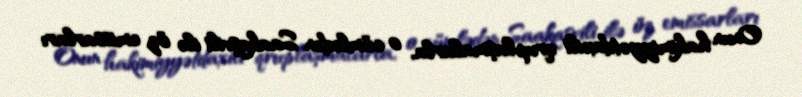
Onun hakimiyyətdaxili qruplaşmalarla, o cümlədən Saakaşvili ilə öz emissarları